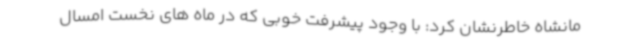
مانشاه خاطرنشان کرد: با وجود پیشرفت خوبی که در ماه های نخست امسال